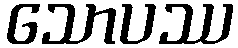
သောပဿ